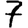
Digit: 7